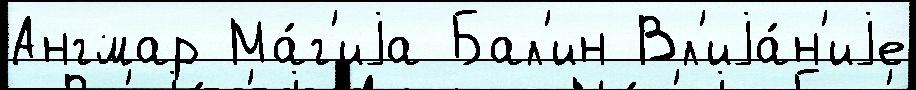
Ангмар Ма́г'иjа Бал'ин Вл'иjа́н'иjе